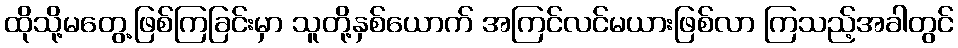
ထိုသို့မတွေ့ဖြစ်ကြခြင်းမှာ သူတို့နှစ်ယောက် အကြင်လင်မယားဖြစ်လာ ကြသည့်အခါတွင်